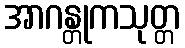
အာဂန္တုကသုတ္တ